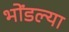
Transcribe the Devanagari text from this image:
भोंडल्या